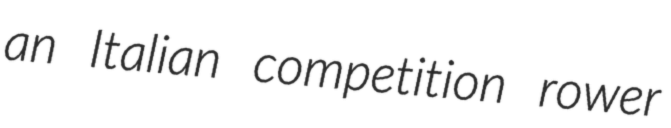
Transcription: an Italian competition rower